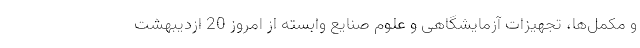
و مکمل‌ها، تجهیزات آزمایشگاهی و علوم صنایع وابسته از امروز 20 ازدیبهشت